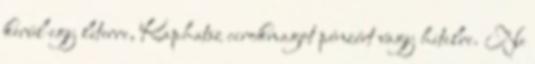
kerül egy literre, Kaphatsz cirokmagot pénzért vagy hitelre. Ne